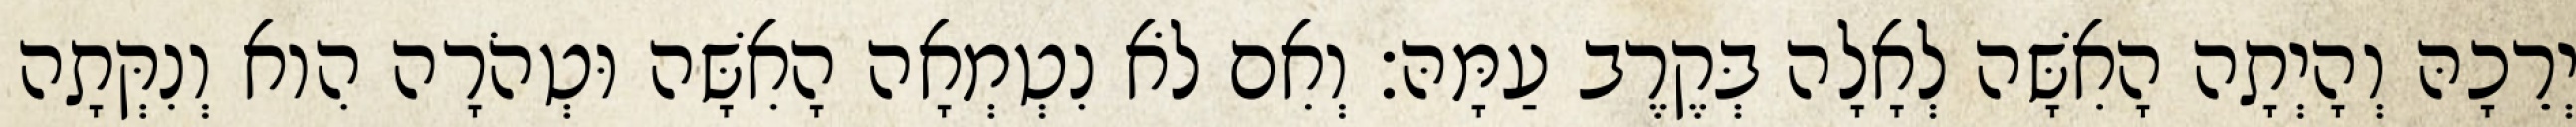
יְרֵכָהּ וְהָיְתָה הָאִשָּׁה לְאָלָה בְּקֶרֶב עַמָּהּ׃ וְאִם לֹא נִטְמְאָה הָאִשָּׁה וּטְהֹרָה הִוא וְנִקְּתָה